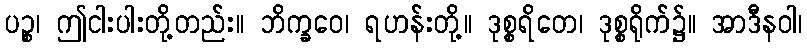
ပဉ္စ၊ ဤငါးပါးတို့တည်း။ ဘိက္ခဝေ၊ ရဟန်းတို့။ ဒုစ္စရိတေ၊ ဒုစ္စရိုက်၌။ အာဒီနဝါ၊